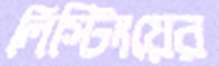
লিস্টিংয়ের